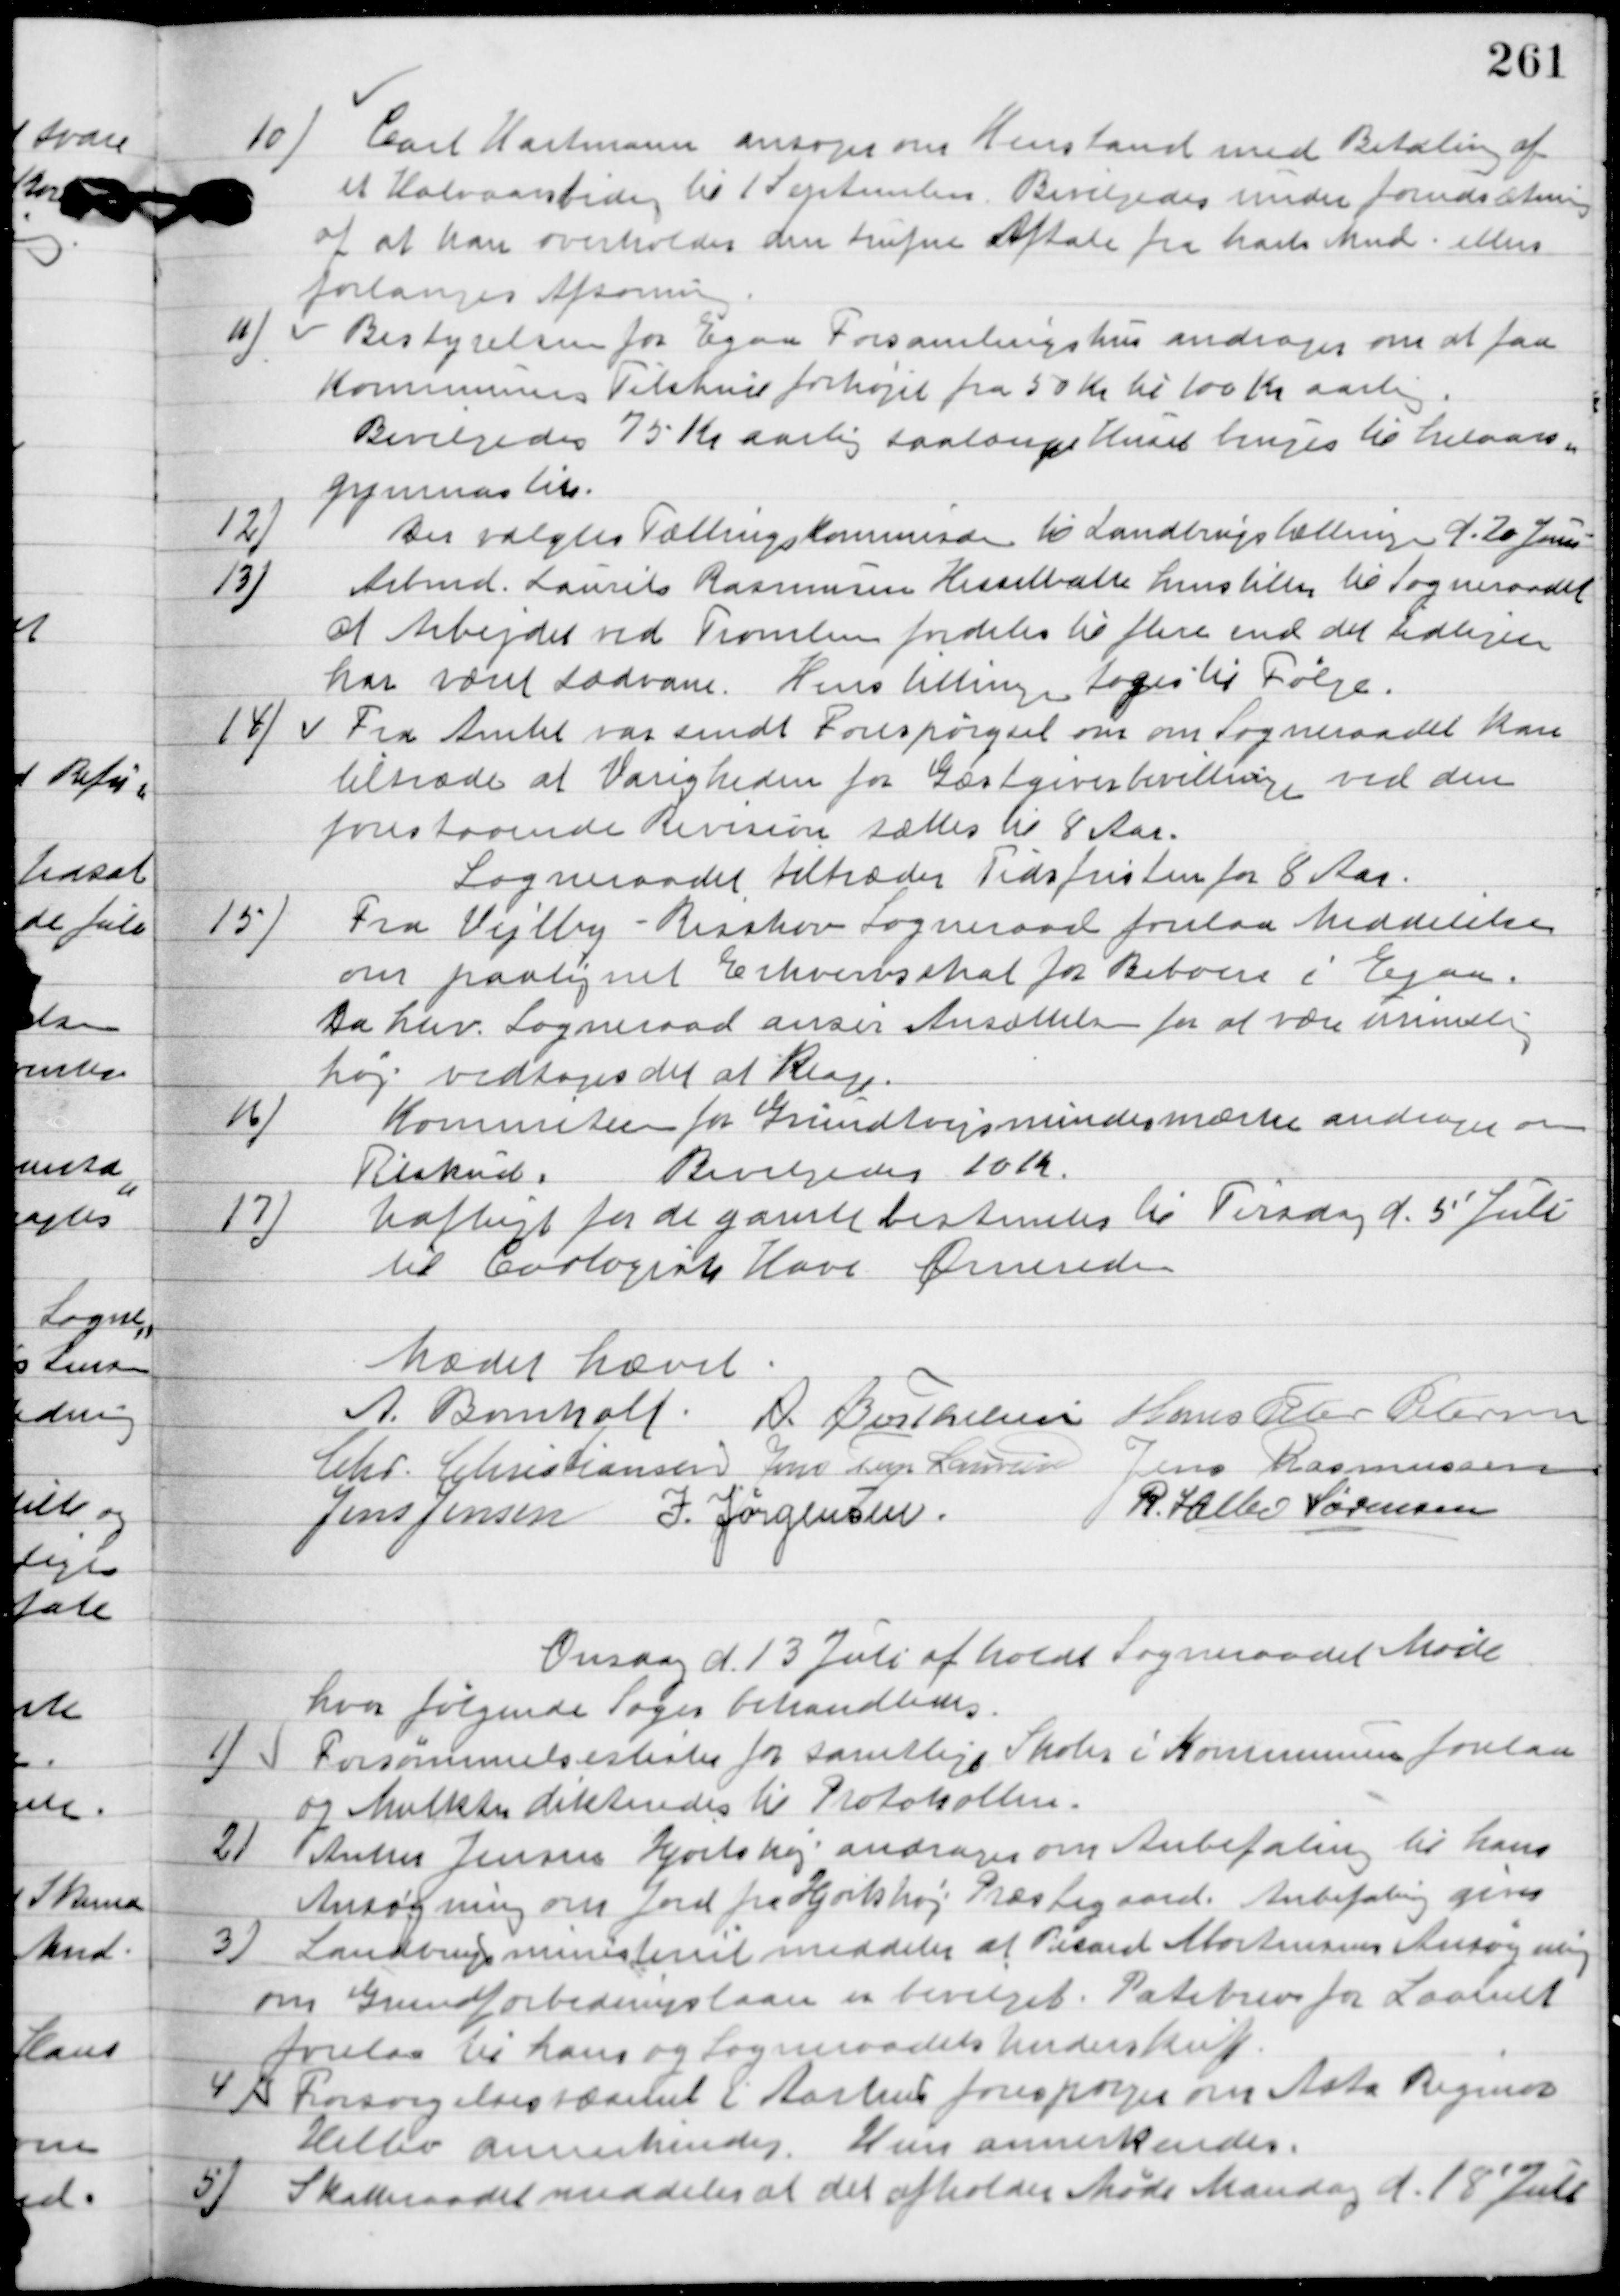
Transskription:
10.

Carl Hartmann ansøger om henstand med Betaling af
et Kautionsbedrag til 1´September.
Bevilgedes under forudsætning
af at han overholder den trufne Aftale fra Marts Mnd. ellers
forlanges Afsoning.

11

Bestyrelsen for Egaa Forsamlingshus andrager om at faa
Kommunens Tilskud forhøjet fra 50 Kr. til 100 Kr. aarlig.
Bevilgedes 75 Kr. aarlig saalænge Huset bruges til helaars
gymnastik.

12.

Der vælges Tællings Kommissærer til Landbrugstælling d. 20. Juni.

13.

Arbmd. Laurits Rasmussen Hesselballe henstilles til Sogneraadt
at Arbejdet ved Tromling fordeles til flere end det tidligere
har været sædvane.
Henstillingen toges til følge.

14.

Fra Amtet var sendt forespørgsel om om Sogneraadet kan
tiltræde at Varigheden for Gæstgiverbevillingen ved den
forestaaende Revision sættes til 8 Aar.
Sogneraadet tiltræder Tidsfristen for 8 Aar.

15

Fra Vejlby-Risskov Sogneraad forelaa Meddelelse
om paalignet Erhvervsskat for Beboere i Egaa.
Da hver Sogneraad anser Ansættelsen for at være urimelig
høj vedtoges det at Klage.

16.

Komiteen for Grundtvigsmindsmærke ansøger om
Tilskud.
Bevilgedes 210 Kr.

17.

Udflugt for de gamle bestemtes til Tirsdag d. 5. Juli
til Coologisk Have Ørnereden.

Mødet hævet.

A. Bomholt
A. Berthelsen
Hans Peter Pedersen
Chr. Christiansen
Jens Terp Laursen
Jens Rasmussen
Jens Jensen
I. Jørgensen
R. Helbo Sørensen

Onsdag d. 13. Juli afholdt Sogneraadet Møde
hvor følgende Sager behandledes.

1

Forsømmelseslister for samtlige Skoler i Kommunen forelaa
og Mulkter dikteredes til Protokollen.

2

Anker Jensen Hjortshøj andrager om Aubetaling til hans
Ansøgning om Jord paa Hjortshøj Præstegaard. Anbefaling gives.

3

Landbrugsministeriet meddeler at Præst Mortensens Ansøgning
om Grundforbedrings lån er bevilget. Pantebrev for Laanet
forelaa til hans og Sogneraadets Underskrift.

4

Fra Forsørgelsesvæsenet i Aarhus forespørger om Asta Rigmor
Helbo annerkendes.
Hun annerkendes.

5

Skatteraadet meddeler at det afholder Møde Mandag d. 18´ Juli